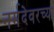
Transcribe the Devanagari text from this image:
नर्मदेवरच्या